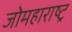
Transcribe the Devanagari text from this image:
जोमहाराष्ट्र